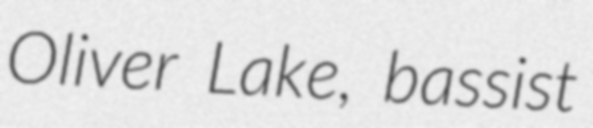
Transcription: Oliver Lake, bassist